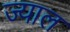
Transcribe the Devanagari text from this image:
ज्याल